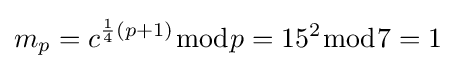
m_{p}=c^{{\frac {1}{4}}(p+1)}{\bmod {p}}=15^{2}{\bmod {7}}=1